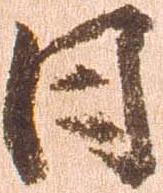
日